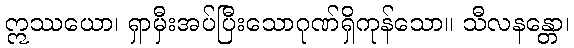
ဣဿယော၊ ရှာမှီးအပ်ပြီးသောဂုဏ်ရှိကုန်သော။ သီလနန္တော၊